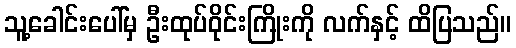
သူ့ခေါင်းပေါ်မှ ဦးထုပ်ဝိုင်းကြိုးကို လက်နှင့် ထိပြသည်။